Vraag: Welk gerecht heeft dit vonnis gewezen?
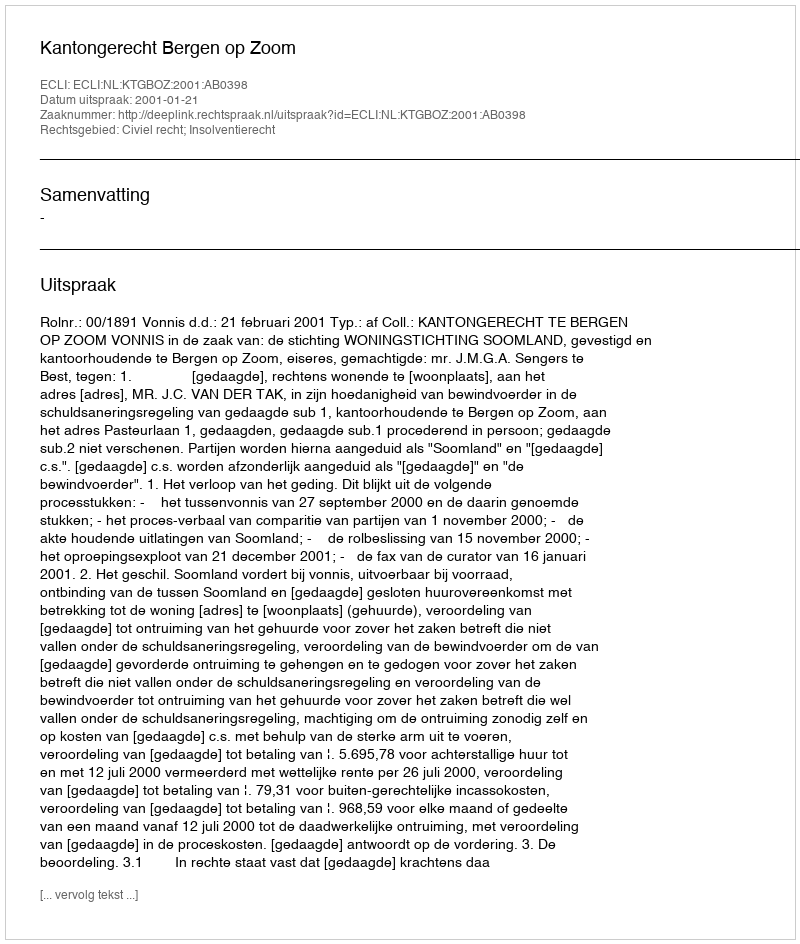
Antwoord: Kantongerecht Bergen op Zoom